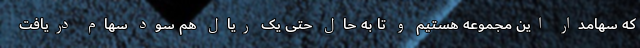
که سهامدار این مجموعه هستیم و تا به حال حتی یک ریال هم سود سهام دریافت